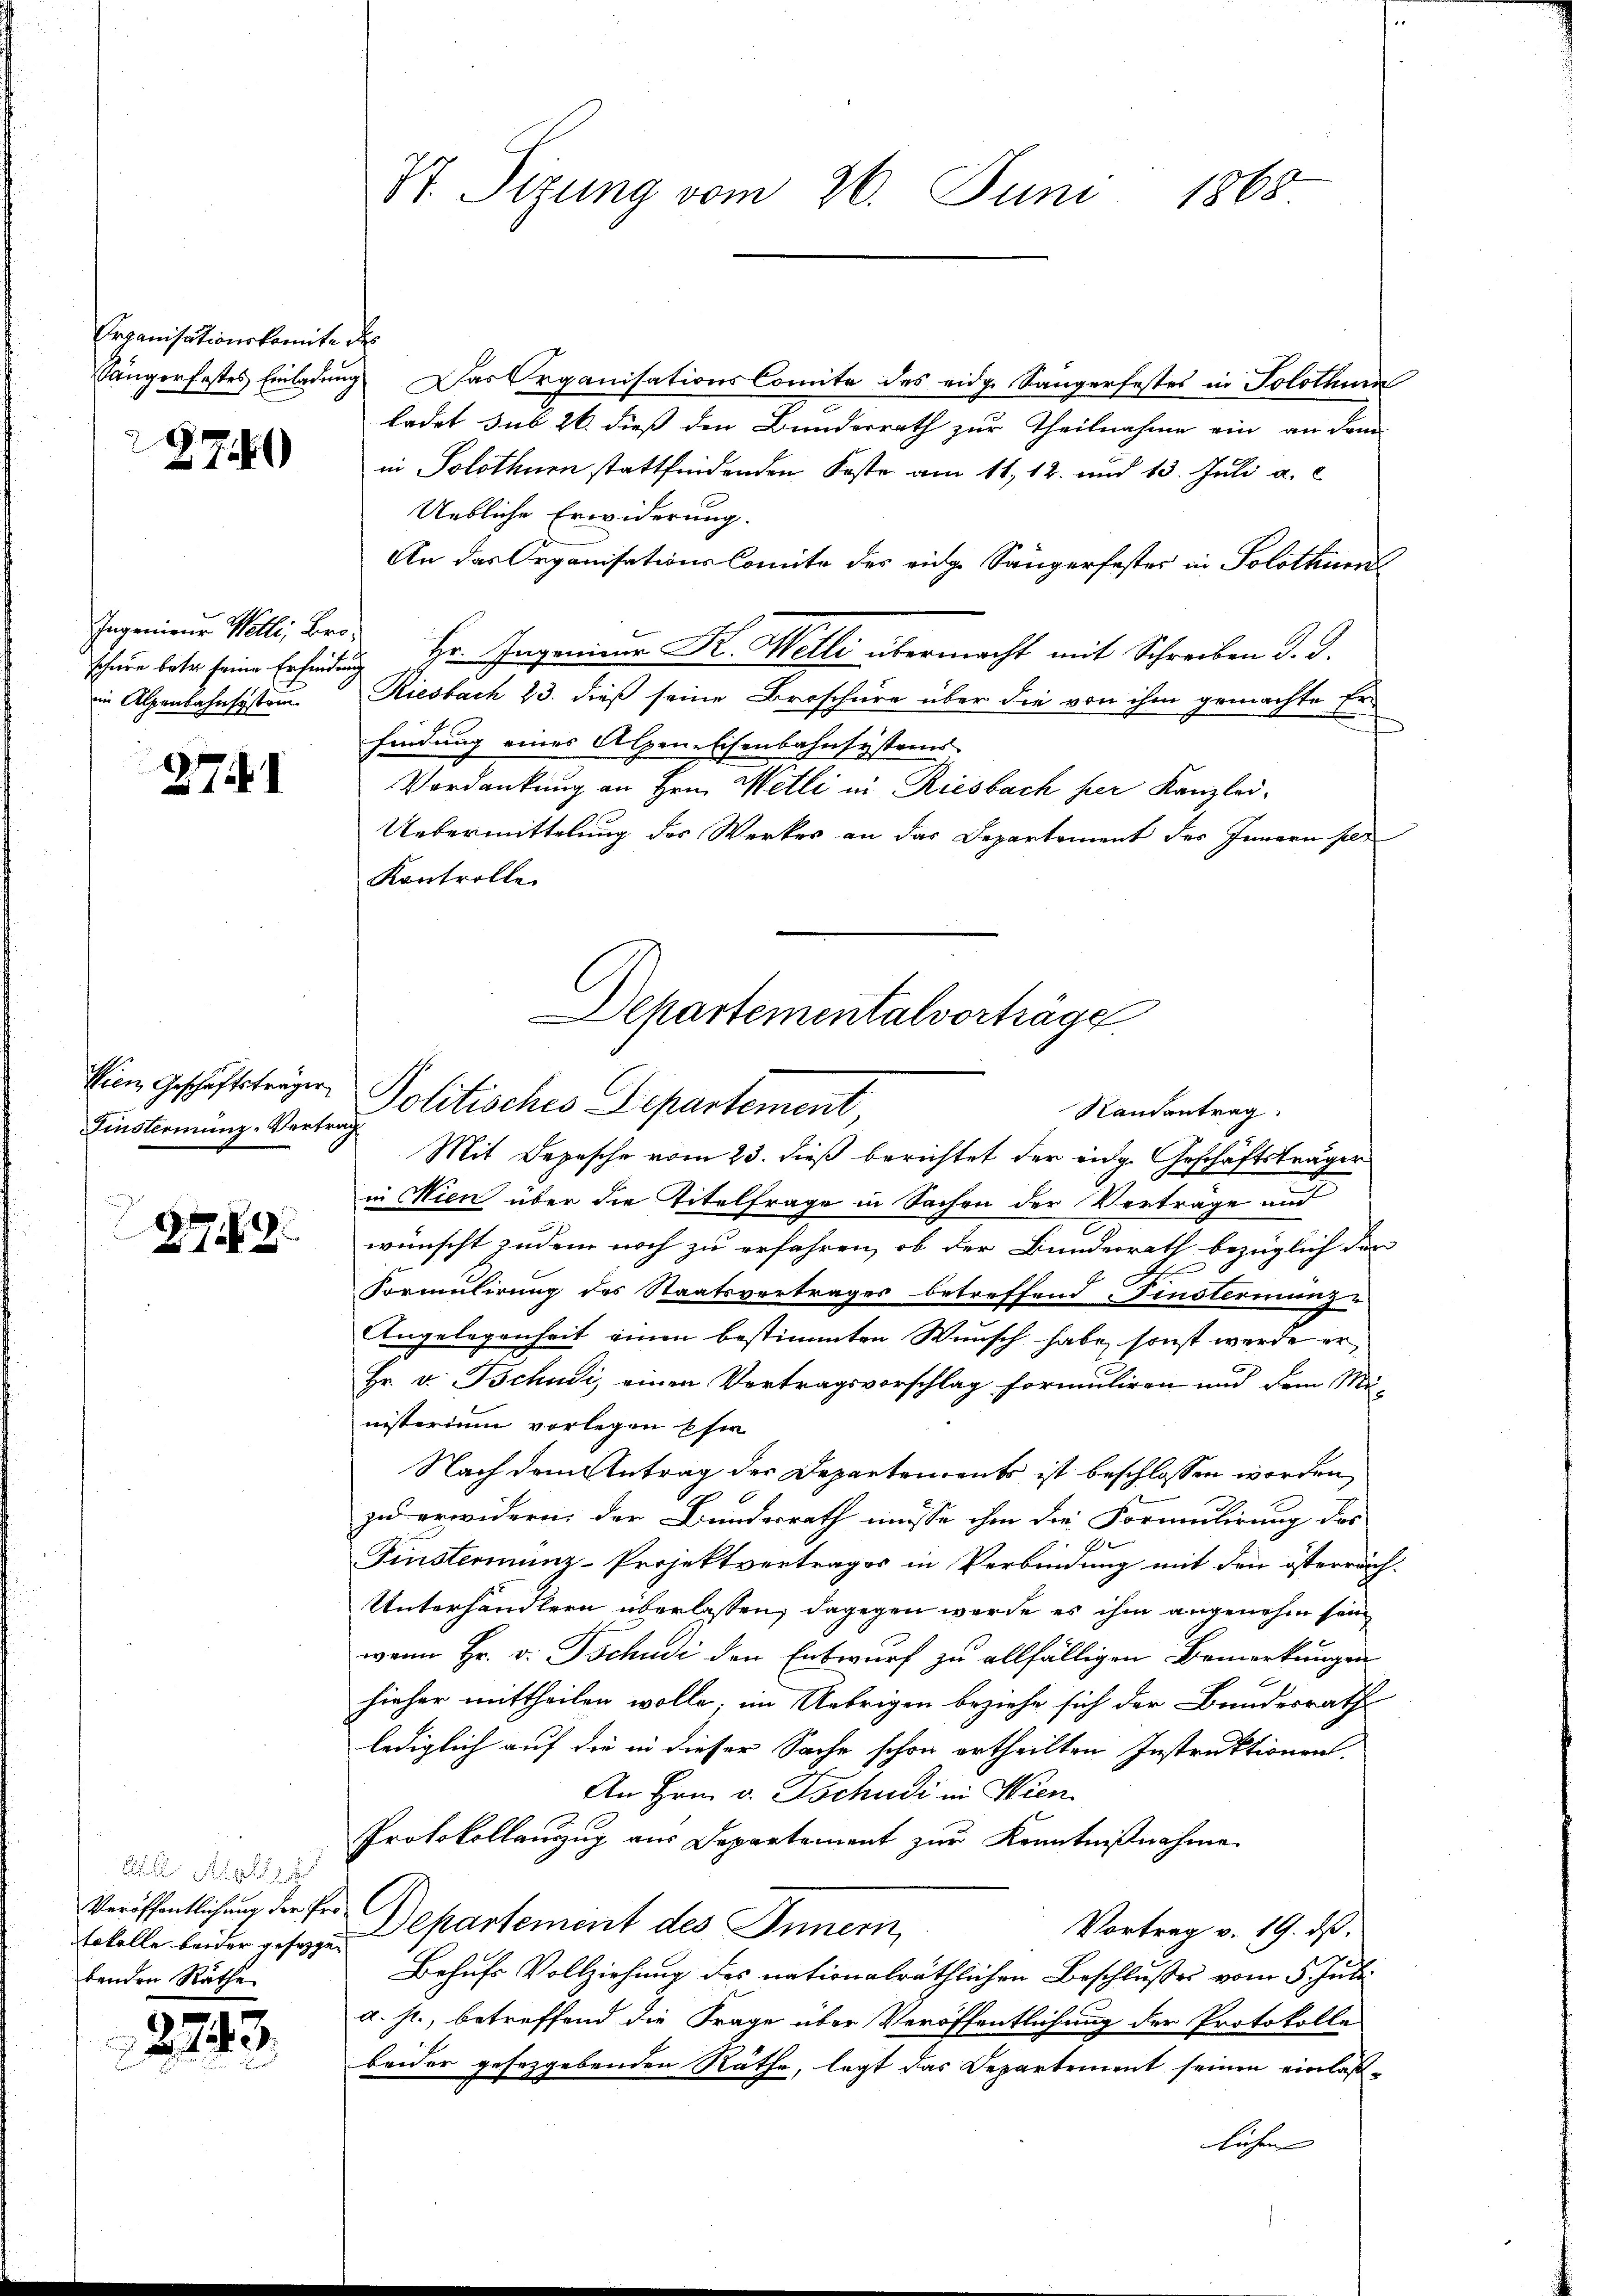
Erganisationskomite des

2740

Ingenieur Wölli, Bro-
in Alpenbahnsystem.

2741

Finsternung, Vertrag

.
2729.

Ahl Mal
tokolle beider geseggebenden Räthe

2243

St. Sizung vom 26. Juni 1868

Sängerfestes Einladung. Das Organisations Comite des eidg. Sängerfestes in Solothurn
ladet sub 26. dieß den Bunderrath zur Theilnahme ein an dem
in Solothurn stattfindenden Koste am 11. 12. und 13. Juli a. c.
Uebliche Erwiderung.
An das Organisations-Comite des eidg. Sängerfester in Solothurn,
Thee betr. seine Erhindung Hr. Ingenieur K. Melli übermacht mit Schreiben d. J.
Riesbach 23. dieß seine Broschüre über die von ihm gemachte Er-
findung eines Alpene Eisenbahnsystems
Verdankung an Hrn. Wetli in Riesbach her Kanzlei¬
Uebermittelung des Werkes an das Departement des Innern ser
Kontrolle.

Departementalvorträge
Wien Geschäftsträger Politisches Departement
Randantrag
Mit Depesche vom 23. dieß berichtet der eidg. Geschäftsträger

in Wien über die Titelfrage in Sachen der Verträge und
wünscht zudem noch zu erfahren, ob der Bunderrath bezüglich den
A.
Vormulirung des Staatsvertrages betreffend instermanz-
Angelegenheit einen bestimmten Wunsch habe, sonst werde er
Hr. v. Bchudi einen Vertragsvorschlag formuliren und dem Mü-
nisterium vorlegen sie
Nach dem Antrag der Departements ist beschlossen worden,
zu erwidern: der Bundesrath müsse ihm die Formulirung des
J.
Finsteriunz-Projektvertrages in Verbindung mit den österrach¬
Unterhändlern überlassen, dagegen werde es ihm angenehm sein
wenn Hr. v. Tschudi den Entwurf zu allfälligen Bemerkungen
hieher mittheilen wolle; im Uebrigen beziehe sich der Bundesrath
lediglich auf die in dieser Sache schon ertheilten Instruktionen.
An Hrn. v. Tschudi in Wien
Protokollanzzug aus Departement zŭr Kenntnißnahme
Veröffentlichung der Hr. Departement des Innern,
Vortrag v. 19. ds.
Behufs Vollziehung des nationalräthlichen Beschlußes vom 5. Juli
a. p., betreffend die Frage über Veröffentlichung der Protokolle
beider gesetzgebenden Räthe, legt das Departement seinen einlaßlichen |